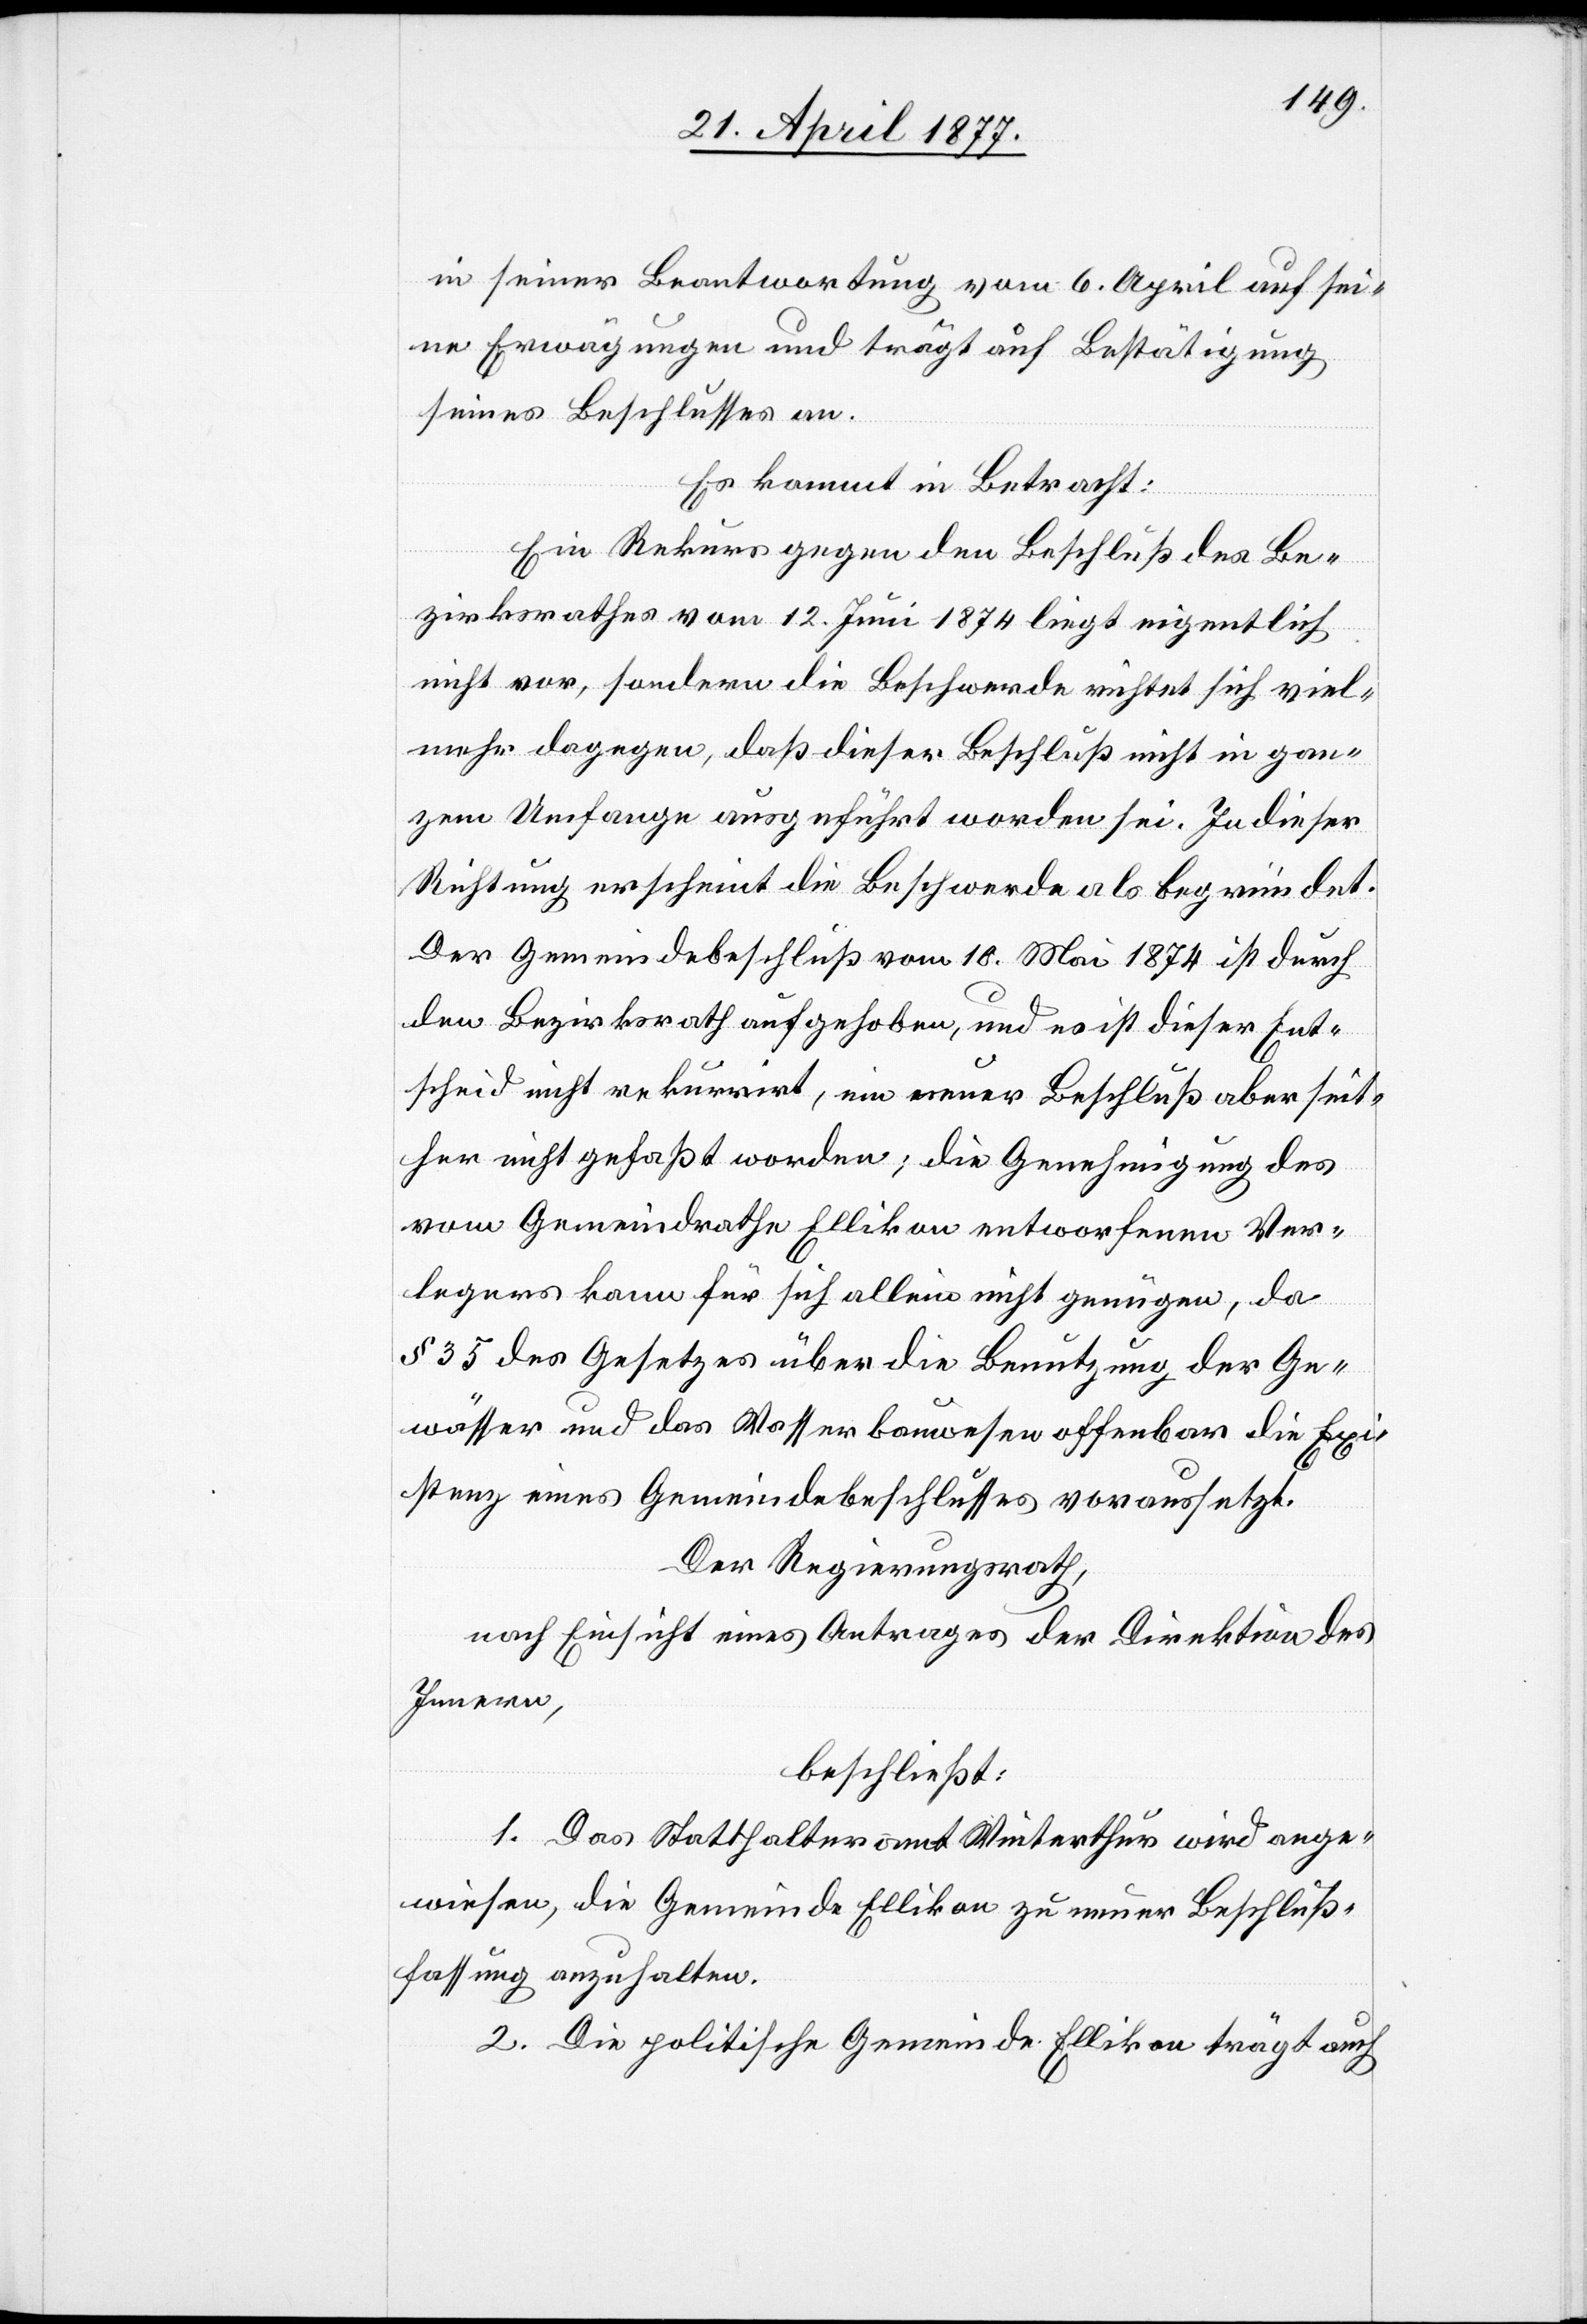
in seiner Beantwortung vom 6. April auf sei¬
ne Erwägungen und trägt auf Bestätigung
seines Beschlusses an.
Es kommt in Betracht:
Ein Rekurs gegen den Beschluß des Be¬
zirksrathes vom 12. Juni 1874 liegt eigentlich
nicht vor, sondern die Beschwerde richtet sich viel¬
mehr dagegen, daß dieser Beschluß nicht in gan¬
zem Umfange ausgeführt worden sei. In dieser
Richtung erscheint die Beschwerde als begründet.
Der Gemeindebeschluß vom 10. Mai 1874 ist durch
den Bezirksrath aufgehoben, und es ist dieser Ent¬
scheid nicht rekurrirt, ein neuer Beschluß aber seit¬
her nicht gefaßt worden; die Genehmigung des
vom Gemeindrathe Ellikon entworfenen Ver¬
legers kann für sich allein nicht genügen, da
§ 35 des Gesetzes über die Benutzung der Ge¬
wässer und das Wasserbauwesen offenbar die Exi¬
stenz eines Gemeindebeschlusses voraussetzt.
Der Regierungsrath,
nach Einsicht eines Antrages der Direktion des
Innern,
beschließt:
1. Das Statthalteramt Winterthur wird ange¬
wiesen, die Gemeinde Ellikon zu neuer Beschluß¬
fassung anzuhalten.
2. Die politische Gemeinde Ellikon trägt auch